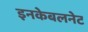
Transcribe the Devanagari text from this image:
इनकेबलनेट